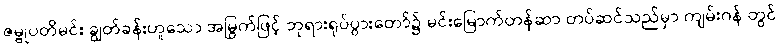
ဇမ္ဗုပတိမင်း ချွတ်ခန်းဟူသော အမြွက်ဖြင့် ဘုရားရုပ်ပွားတော်၌ မင်းမြောက်တန်ဆာ တပ်ဆင်သည်မှာ ကျမ်းဂန် တွင်